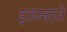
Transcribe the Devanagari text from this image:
इठलाते